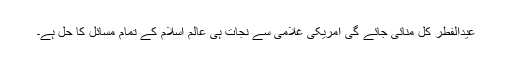
عیدالفطر کل منائی جائے گی امریکی غلامی سے نجات ہی عالم اسلام کے تمام مسائل کا حل ہے۔